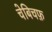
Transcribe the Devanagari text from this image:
चेबिचफ़